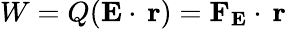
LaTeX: W=Q(\mathbf{E}\cdot\, \mathbf{r})=\mathbf{F_{E}}\cdot\, \mathbf{r}